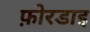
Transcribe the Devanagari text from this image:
फ़ोरडाइ